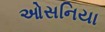
ઓસનિયા